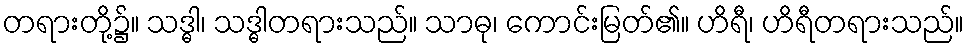
တရားတို့၌။ သဒ္ဓါ၊ သဒ္ဓါတရားသည်။ သာဓု၊ ကောင်းမြတ်၏။ ဟိရီ၊ ဟိရီတရားသည်။